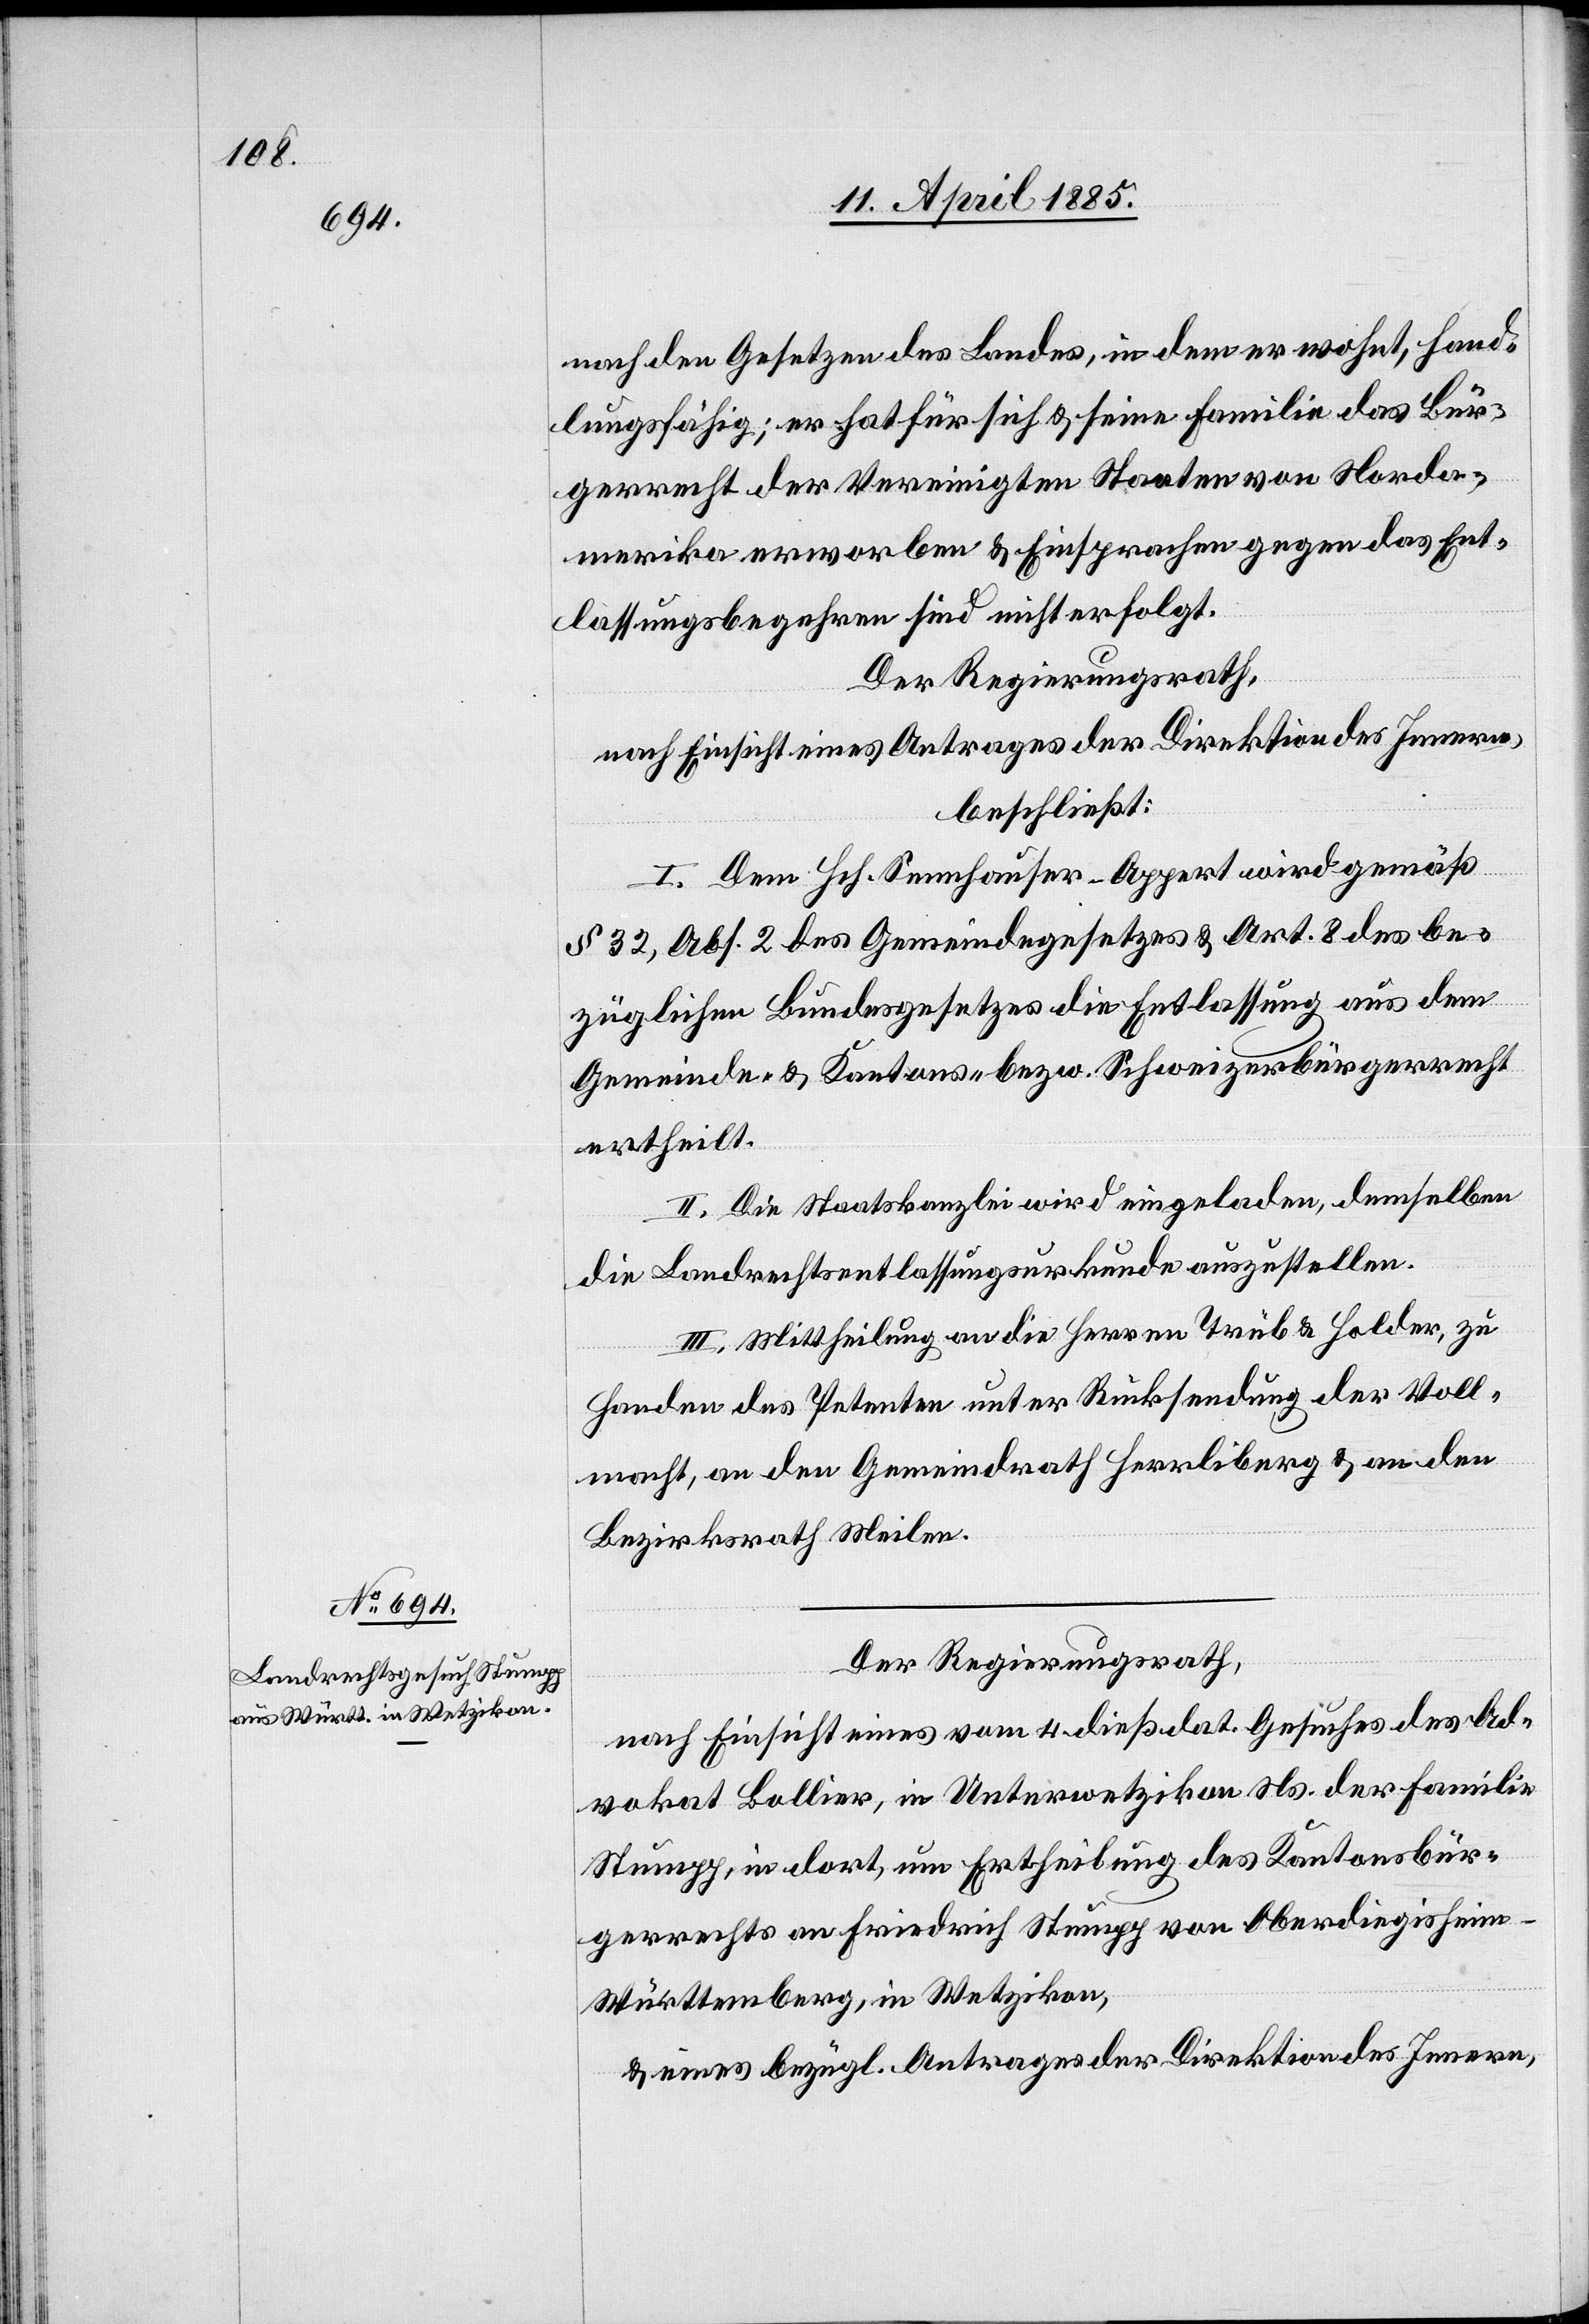
nach den Gesetzen des Landes, in dem er wohnt, hand¬
lungsfähig; er hat für sich & seine Familie das Bür¬
gerrecht der Vereinigten Staaten von Norda¬
merika erworben & Einsprachen gegen das Ent¬
lassungsbegehren sind nicht erfolgt.
Der Regierungsrath,
nach Einsicht eines Antrages der Direktion des Innern,
beschließt:
I. Dem Hch. Sennhauser-Appert wird gemäß
§ 32, Abs. 2 des Gemeindegesetzes & Art. 8 des be¬
züglichen Bundesgesetzes die Entlassung aus dem
Gemeinde- & Kantons- bezw. Schweizerbürgerrecht
ertheilt.
II. Die Staatskanzlei wird eingeladen, demselben
die Landrechtsentlassungsurkunde auszustellen.
III. Mittheilung an die Herren Trüb & Holder zu
Handen des Petenten unter Rücksendung der Voll¬
macht, an den Gemeindrath Herrliberg & an den
Bezirksrath Meilen.
Der Regierungsrath,
nach Einsicht eines vom 4. dieß dat. Gesuches des Ad¬
vokat Bollier, in Unterwetzikon Ns. der Familie
Stumpp, in dort, um Ertheilung des Kantonsbür¬
gerrechts an Friedrich Stumpp von Oberdiegisheim
Württemberg, in Wetzikon,
& eines bezügl. Antrages der Direktion des Innern,